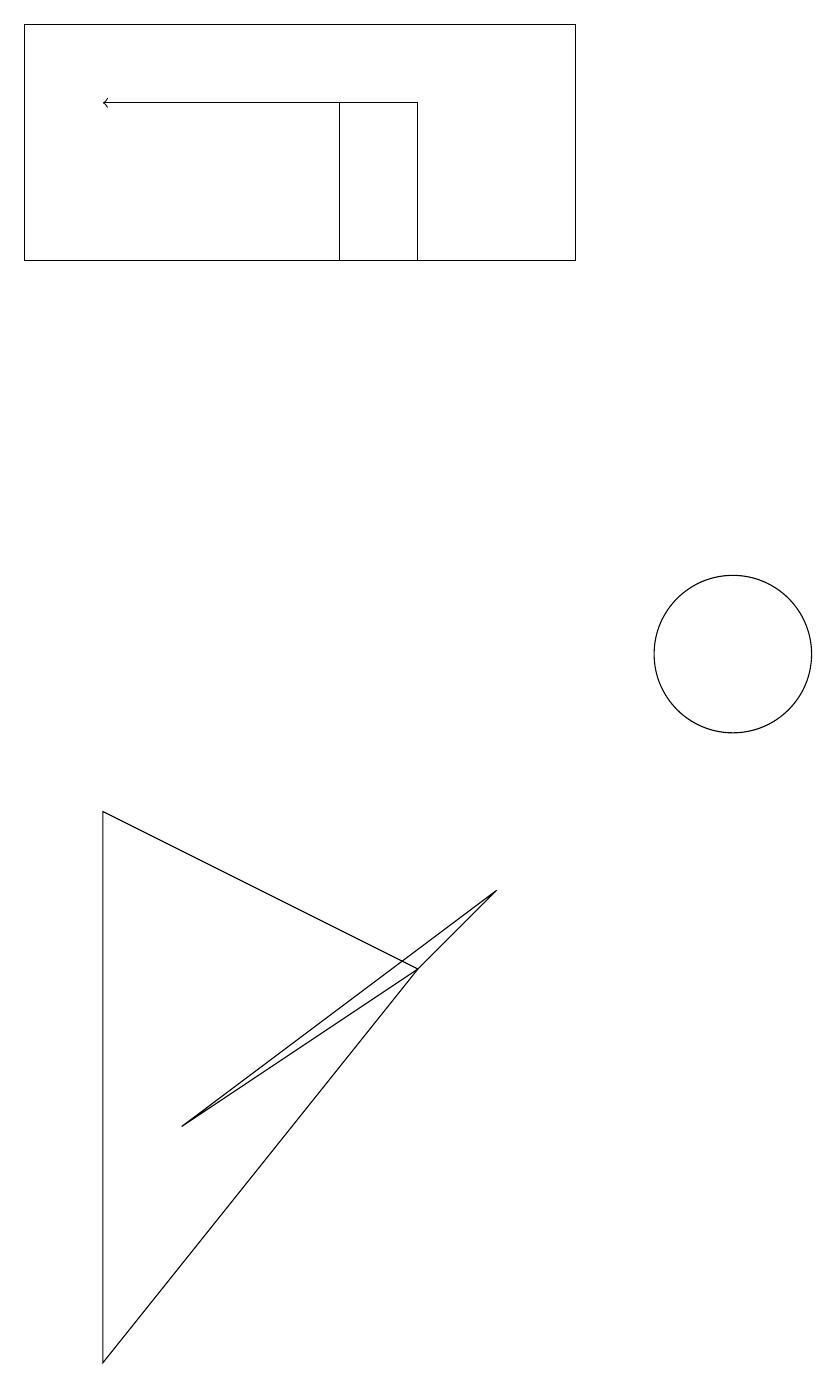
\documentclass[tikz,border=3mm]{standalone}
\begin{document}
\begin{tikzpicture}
\draw (4,4) -- (7,6) -- (8,7) -- cycle;
\draw (11,10) circle (1);
\draw[->] (6,17) -- (3,17);
\draw (2,15) rectangle (9,18);
\draw (3,8) -- (3,1) -- (7,6) -- cycle;
\draw (7,17) rectangle (6,15);
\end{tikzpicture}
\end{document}